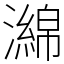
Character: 𤁗